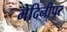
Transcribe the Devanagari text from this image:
मेदिनीपूर